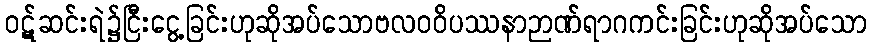
ဝဋ်ဆင်းရဲ၌ငြီးငွေ့ခြင်းဟုဆိုအပ်သောဗလဝဝိပဿနာဉာဏ်ရာဂကင်းခြင်းဟုဆိုအပ်သော